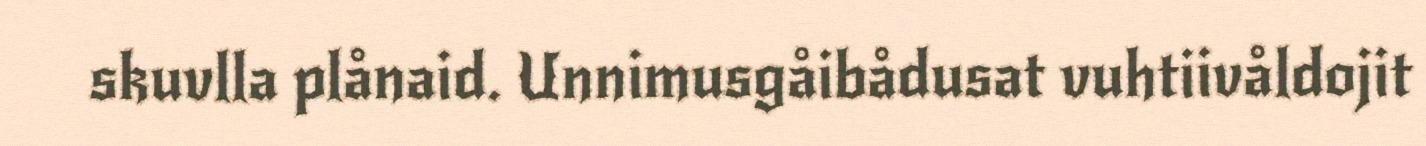
skuvlla plånaid. Unnimusgåibådusat vuhtiivåldojit